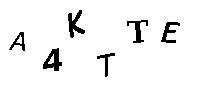
A4KTTE